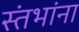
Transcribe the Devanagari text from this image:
स्तंभांना